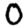
Digit: 0